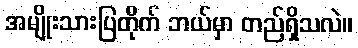
အမျိုးသားပြတိုက် ဘယ်မှာ တည်ရှိသလဲ။